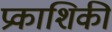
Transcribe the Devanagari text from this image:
प्रकाशिकी